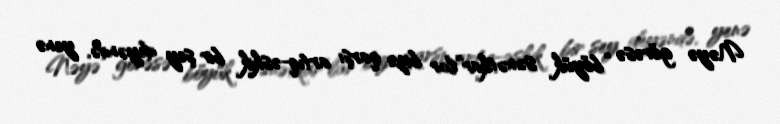
Nəyə görəsə “böyük sənətkar”lar bizə qarşı artıq-əskik bir şey deyəndə, yenə